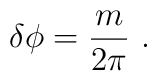
\delta\phi =  {m \over 2 \pi } \ .